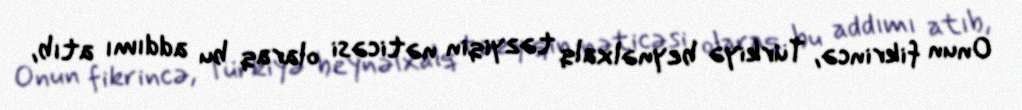
Onun fikrincə, Türkiyə beynəlxalq təzyiqin nəticəsi olaraq bu addımı atıb,